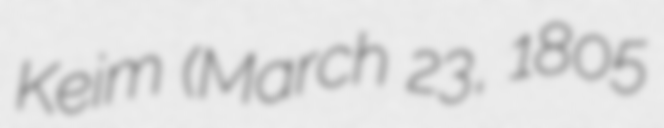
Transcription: Keim (March 23, 1805